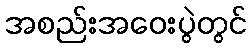
အစည်းအဝေးပွဲတွင်